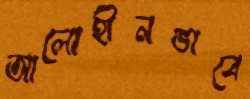
আলোহীনভাবে